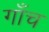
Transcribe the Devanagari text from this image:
गाँच